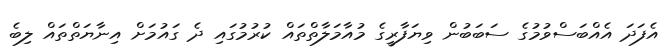
އެފަދަ އެއްބަސްވުމުގެ ސަބަބުން ވިޔަފާރީގެ މުއާމަލާތްތައް ކުރުމުގައި ދެ ގައުމަށް އިނާޔަތްތައް ލިބެ